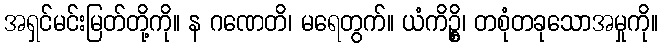
အရှင်မင်းမြတ်တို့ကို။ န ဂဏေတိ၊ မရေတွက်။ ယံကိဥ္စိ၊ တစုံတခုသောအမှုကို။